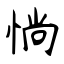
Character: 惝